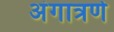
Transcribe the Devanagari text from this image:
अंगात्रणे